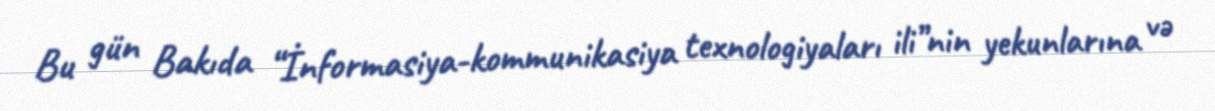
Bu gün Bakıda “İnformasiya-kommunikasiya texnologiyaları ili”nin yekunlarına və